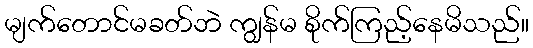
မျက်တောင်မခတ်ဘဲ ကျွန်မ စိုက်ကြည့်နေမိသည်။